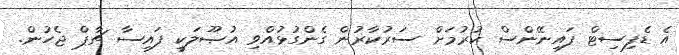
އެ ޑެފިސިޓް ފައިނޭންސް ކުރުމަށް ސަރުކާރުން ގެންގުޅުއްވި އުޞޫލަކީ ފައިސާ ޗާޕް ޖެހުން.